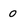
Character: 0